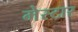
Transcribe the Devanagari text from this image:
मेस्टार